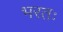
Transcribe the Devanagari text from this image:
भरतः